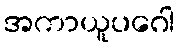
အကာယူပဂေါ